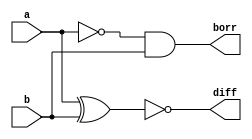
`timescale 1ns / 1ps
module HS(a,b,diff,borr);
input a,b; output diff,borr;
assign diff=~(a^b);
assign borr=~a&b;
endmodule